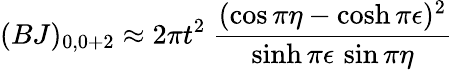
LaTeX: (BJ)_{0,0+2}\approx 2\pi t^{2}~\frac{(\cos\pi\eta-\cosh\pi\epsilon)^{2}}{\sinh\pi\epsilon\, \sin\pi\eta}